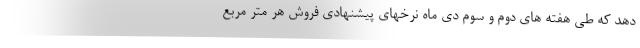
دهد که طی هفته های دوم و سوم دی ماه نرخهای پیشنهادی فروش هر متر مربع